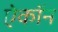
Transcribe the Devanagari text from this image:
ऐकॉन